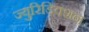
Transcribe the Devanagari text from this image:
ज्युरिडिक्शन